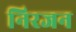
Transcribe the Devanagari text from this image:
निरजन